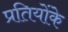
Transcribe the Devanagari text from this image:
प्रतियोंके